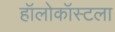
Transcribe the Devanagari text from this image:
हॉलोकॉस्टला